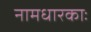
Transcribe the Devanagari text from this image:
नामधारकाः